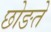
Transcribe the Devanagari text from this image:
छोङते